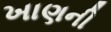
ખાણની